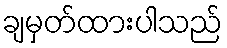
ချမှတ်ထားပါသည်